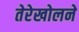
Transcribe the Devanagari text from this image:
तेरेखोलने